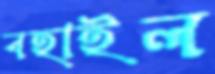
বহাইল